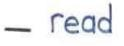
- read